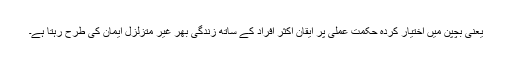
یعنی بچپن میں اختیار کردہ حکمت عملی پر ایقان اکثر افراد کے ساتھ زندگی بھر غیر متزلزل ایمان کی طرح رہتا ہے۔